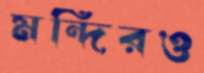
মন্দিরও